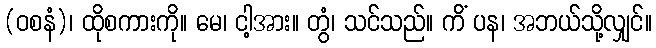
(ဝစနံ)၊ ထိုစကားကို။ မေ၊ ငါ့အား။ တွံ၊ သင်သည်။ ကိံ ပန၊ အဘယ်သို့လျှင်။